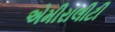
એમીરાલીટી